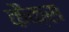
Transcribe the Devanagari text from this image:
कैक्स